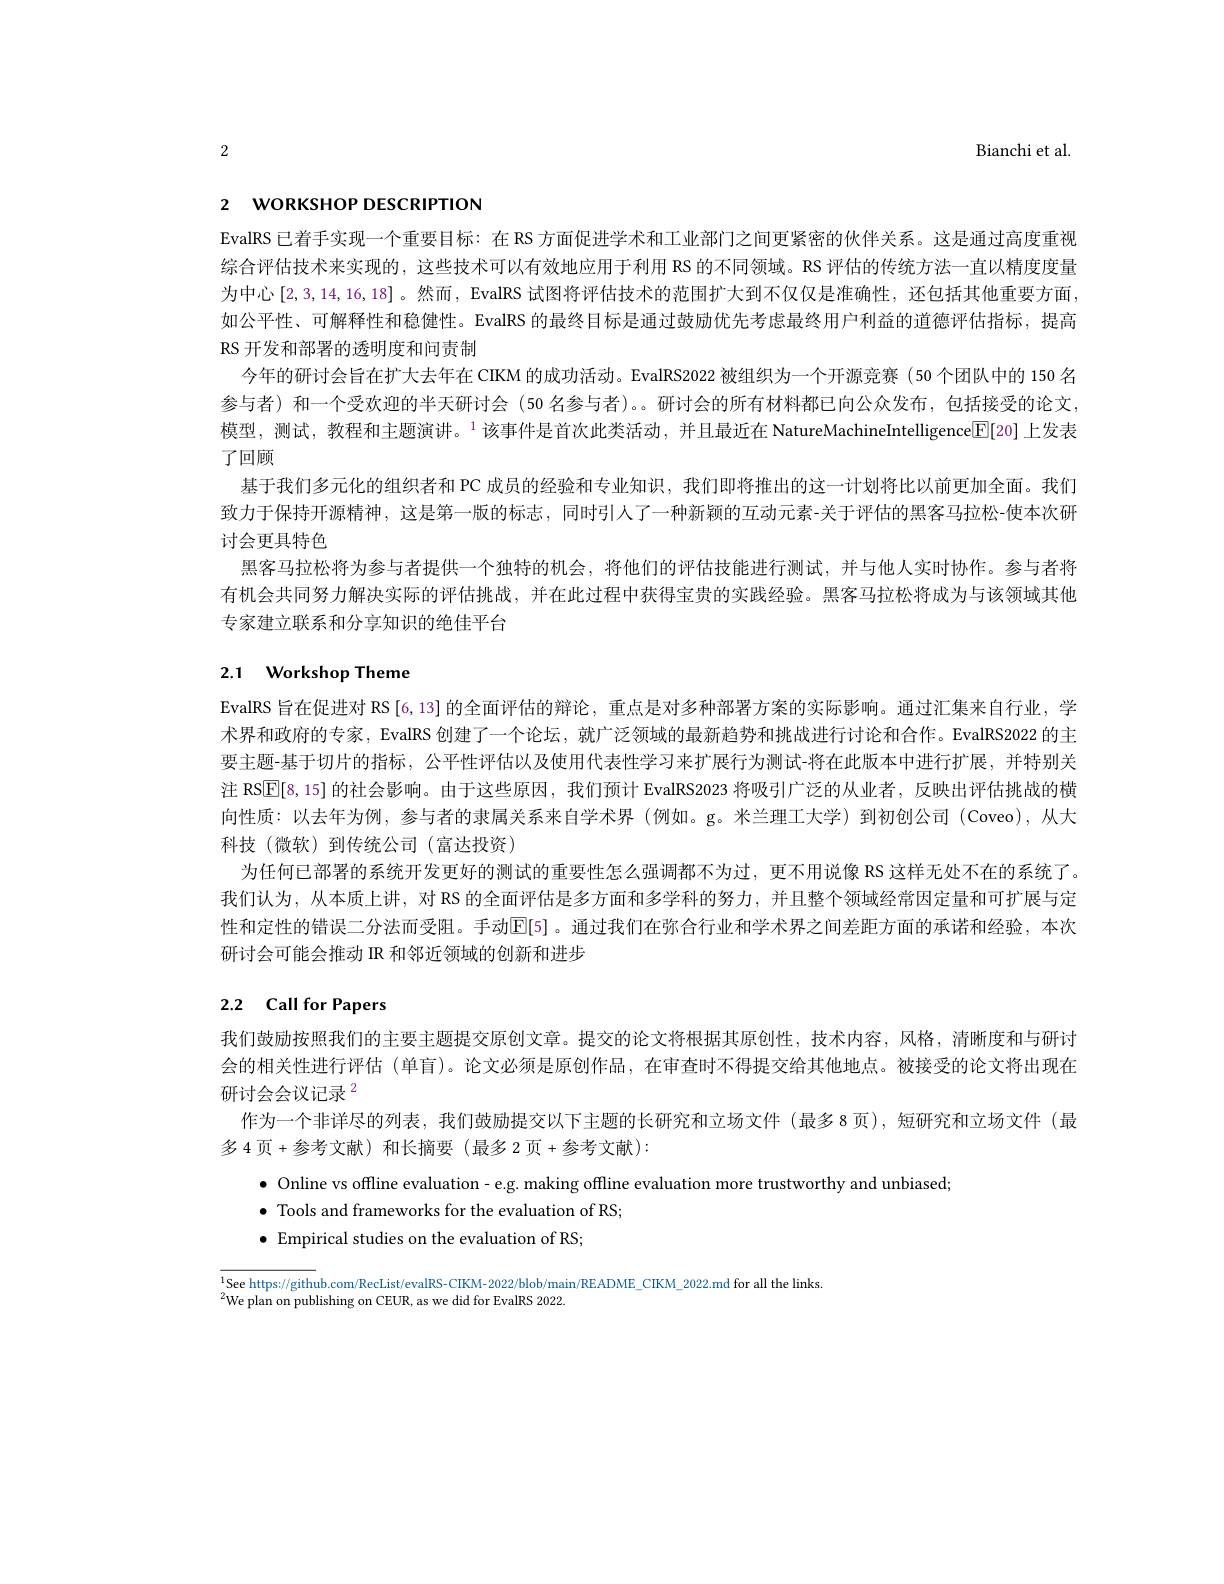
2

Bianchi et al.

# 2 worksHOP DESCRIPTION

EvalRS 已着手实现一个重要目标：在 RS 方面促进学术和工业部门之间更紧密的伙伴关系。这是通过高度重视综合评估技术来实现的，这些技术可以有效地应用于利用 RS 的不同领域。RS 评估的传统方法一直以精度度量为中心[2,3,14,16,18]。然而，EvalRS 试图将评估技术的范围扩大到不仅仅是准确性，还包括其他重要方面， 如公平性、可解释性和稳健性。EvalRS 的最终目标是通过鼓励优先考虑最终用户利益的道德评估指标，提高RS 开发和部署的透明度和问责制
今年的研讨会旨在扩大去年在 CIKM 的成功活动。EvalRS2022 被组织为一个开源竞赛 (50 个团队中的 150 名参与者) 和一个受欢迎的半天研讨会 (50 名参与者)。。研讨会的所有材料都已向公众发布，包括接受的论文， 模型，测试，教程和主题演讲。$^1$该事件是首次此类活动，并且最近在 NatureMachineIntelligence[E]20]上发表了回顾
基于我们多元化的组织者和 PC 成员的经验和专业知识，我们即将推出的这一计划将比以前更加全面。我们致力于保持开源精神，这是第一版的标志，同时引人了一种新颖的互动元素-关于评估的黑客马拉松-使本次研讨会更具特色
黑客马拉松将为参与者提供一个独特的机会，将他们的评估技能进行测试，并与他人实时协作。参与者将有机会共同努力解决实际的评估挑战，并在此过程中获得宝贵的实践经验。黑客马拉松将成为与该领域其他专家建立联系和分享知识的绝佳平台

# 2.1 Workshop Theme

EvalRS 旨在促进对 RS [6,13] 的全面评估的辩论，重点是对多种部署方案的实际影响。通过汇集来自行业，学术界和政府的专家，EvalRS 创建了一个论坛，就广泛领域的最新趋势和挑战进行讨论和合作。EvalRS2022 的主要主题-基于切片的指标，公平性评估以及使用代表性学习来扩展行为测试-将在此版本中进行扩展，并特别关注 RSE[8,15] 的社会影响。由于这些原因，我们预计 EvalRS2023 将吸引广泛的从业者，反映出评估挑战的横向性质：以去年为例，参与者的隶属关系来自学术界(例如。g。米兰理工大学)到初创公司(Coveo),从大科技(微软)到传统公司(富达投资)
为任何已部署的系统开发更好的测试的重要性怎么强调都不为过，更不用说像 RS 这样无处不在的系统了。我们认为，从本质上讲，对 RS 的全面评估是多方面和多学科的努力，并且整个领域经常因定量和可扩展与定性和定性的错误二分法而受阻。手动[E[5] 。通过我们在弥合行业和学术界之间差距方面的承诺和经验，本次研讨会可能会推动 IR 和邻近领域的创新和进步

# 2.2 Call for Papers

我们鼓励按照我们的主要主题提交原创文章。提交的论文将根据其原创性，技术内容，风格，清晰度和与研讨会的相关性进行评估 (单盲)。论文必须是原创作品，在审查时不得提交给其他地点。被接受的论文将出现在研讨会会议记录$^{2}$
作为一个非详尽的列表，我们鼓励提交以下主题的长研究和立场文件(最多8页),短研究和立场文件(最
多 4 页 +参考文献) 和长摘要 (最多 2 页 + 参考文献):

$\bullet$ Online vs offline evaluation- e.g. making offline evaluation more trustworthy and unbiased
$\bullet$ Tools and frameworks for the evaluation of RS;
$\bullet$ Empirical studies on the evaluation of RS;

$^{1}$See https://github.com/RecList/evalRS-CIKM-2022/blob/main/README\_CIKM\_2022.md~for~all~the~links.

$^{2}$We plan on publishing on CEUR, as we did for EvalRS 2022